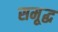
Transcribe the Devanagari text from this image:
समृ्द्ध